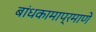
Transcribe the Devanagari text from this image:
बांधकामाप्रमाणे